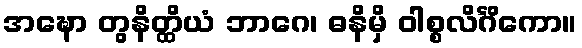
အဍ္ဎော တွနိတ္ထိယံ ဘာဂေ၊ ဓနိမှိ ဝါစ္စလိင်္ဂိကော။